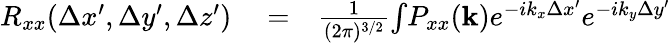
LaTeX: \begin{array}{rlr}{R_{xx}(\Delta x^{\prime},\Delta y^{\prime},\Delta z^{\prime})}&{{}=}&{\frac{1}{(2\pi)^{3/2}}{\int}P_{xx}(\mathbf{k})e^{-ik_{x}\Delta x^{\prime}}e^{-ik_{y}\Delta y^{\prime}}}\end{array}